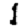
Digit: 1